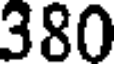
380